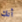
أنك